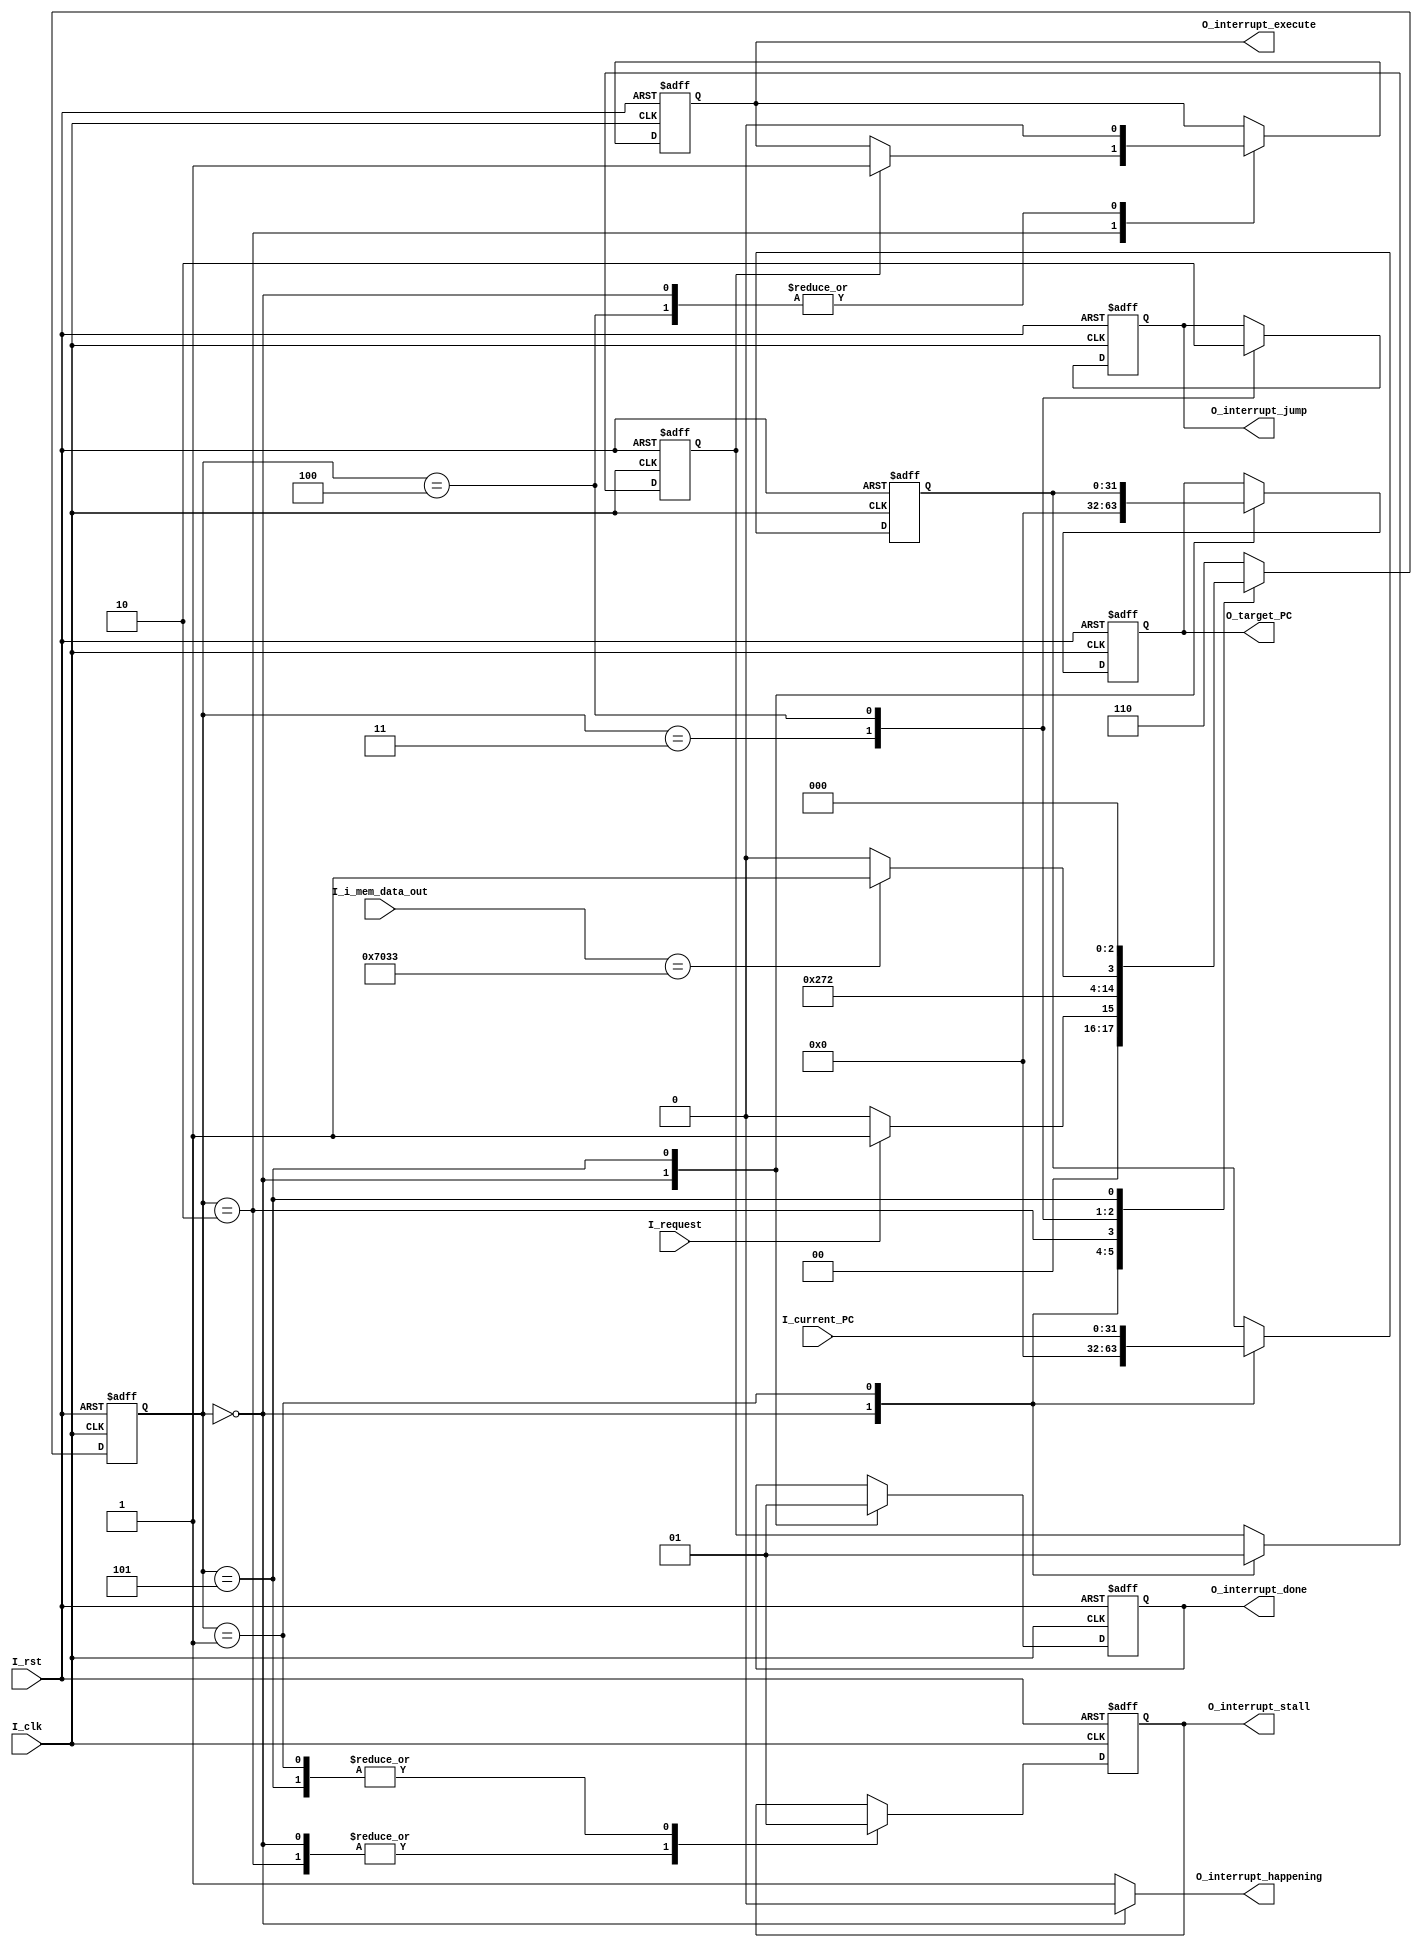
module Interrupt_Handler #(
	parameter ADDRESS_BITS = 32
)(
	input I_clk,
	input I_rst,
	input I_request,
	input [ADDRESS_BITS-1:0]I_current_PC,				// current PC: from top module
	input [ADDRESS_BITS-1:0]I_i_mem_data_out, 		// instruction: from top module
	// send these two signals back to the top module
	// those will be sent to single_cycle_core.v > single_cycle_control_unit.v > control_unit.v
	// so make sure you have the the following 4 regs defined in the above three files.
	// other changes:
	// in control_unit.v
	
	// 1.
	// add three target PC options
			/* assign target_PC = (interrupt_execute == 2'd1)		          ? 8'hc0		  :
			      (interrupt_execute == 2'd2)		          ? 8'h10		  :
		              (interrupt_done == 1)		          ? saved_PC	          :
		   	      (opcode_execute == JALR)                    ? JALR_target_execute   :
                              (opcode_execute == BRANCH) & branch_execute ? branch_target_execute :
                              (opcode_decode  == JAL)                     ? JAL_target_decode     :
                              {ADDRESS_BITS{1'b0}};
         */
         
         // 2.
         // add one stall option
         /*
         assign next_PC_sel = interrupt_stall    ? 2'b01 : // stall
										JALR_branch_hazard ? 2'b10 : // target_PC
                              true_data_hazard   ? 2'b01 : // stall
                     	      JAL_hazard         ? 2'b10 : // targeet_PC
                              i_mem_hazard       ? 2'b01 : // stall
                              d_mem_issue_hazard ? 2'b01 : // stall
                              d_mem_recv_hazard  ? 2'b01 : // stall
                              2'b00;                       // PC + 4
         */
	output reg O_interrupt_execute,
	output reg O_interrupt_done,
	output reg O_interrupt_jump,
	output reg O_interrupt_stall,
	output reg O_interrupt_happening,
	output reg [ADDRESS_BITS-1:0]O_target_PC
);


reg [2:0]S;
reg [2:0]NS;


reg exec1;

reg [ADDRESS_BITS-1:0]hold_PC;

localparam 	WAIT = 3'd0,
				SAVE = 3'd1,
				UPDATE_PC = 3'd2,
				ISR = 3'd3,
				ISR_1 = 3'd4,
				ISR_DONE = 3'd5,
				ERROR = 3'd6;
	  
	   
/* S update always block */
always@(posedge I_clk or posedge I_rst)
begin
	if (I_rst == 1'b1)
		S <= WAIT;
	else
		S <= NS;
end

always@(*)
begin
	if(S == 0)
		O_interrupt_happening = 1'b0;
	else
		O_interrupt_happening = 1'b1;
end

/* NS transitions always block */
always@(*)
begin
	case (S)
		WAIT:
		begin
			if (I_request)
				NS = SAVE;
			else
				NS = WAIT;
		end
		SAVE:
		begin
			NS = UPDATE_PC;
		end
		UPDATE_PC:
		begin
			NS = ISR;
		end
		ISR:
		begin
			NS = ISR_1;
		end
		ISR_1:
		begin
				if (I_i_mem_data_out == 32'h00007033)
				NS = ISR_DONE;
			else
				NS = ISR_1;
		end
		ISR_DONE:
		begin
			NS = WAIT; // wait for another Interrupt Request
		end
		default:
		begin
			NS = ERROR;
		end
	endcase
end

/* clocked control signals always lock */
always@(posedge I_clk or posedge I_rst)
begin
	if (I_rst == 1'b1)
	begin
		// reset all signals
		O_interrupt_execute 	<= 1'b0;
		O_interrupt_stall 	<= 1'b0;
		O_target_PC 			<= 32'b0;
		hold_PC					<= 32'b0;
		O_interrupt_done    	<= 1'b0;
		exec1 					<= 1'd0;
		O_interrupt_jump		<= 1'b0;
	end	
	else
	begin
		case (S)
			WAIT:
			begin
				// reset all signals
				O_interrupt_execute 	<= 1'b0;
				O_interrupt_stall 	<= 1'b0;
				O_target_PC 		<= 32'b0;
				hold_PC			<= 32'b0;
				O_interrupt_done    	<= 1'b0;
				exec1 <= 1'd0;
			end
			SAVE:
			begin
				// hold current PC in internal register and
				hold_PC 		<= I_current_PC;
				// stall enable
				O_interrupt_stall 	<= 1'b1;	
				exec1 <= 1'd1;
			end
			UPDATE_PC:
			begin
				// unstall
				O_interrupt_stall 	<= 1'b0;
				// send this signal to set the target PC to c0
				if (exec1)
					O_interrupt_execute 	<= 1'd1;
			end
			ISR:
			begin
				O_interrupt_jump <= 1'b1;
			end
			ISR_1:
			begin
				O_interrupt_execute 	<= 1'd0;
				O_interrupt_jump <= 1'b0;
			end
			ISR_DONE:
			begin
				O_interrupt_done    	<= 1'b1;
				// stall enable, might need a stall here, this will be set back to 0 in WAIT state.
				O_interrupt_stall 	<= 1'b1;
				// send signal to context load
				// change the target PC to the PC we recorded before.
				O_target_PC 		<= hold_PC;
			end
		endcase
	end

end

endmodule